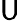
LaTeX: {\cal\mathsf{U}}